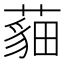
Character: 𦻿